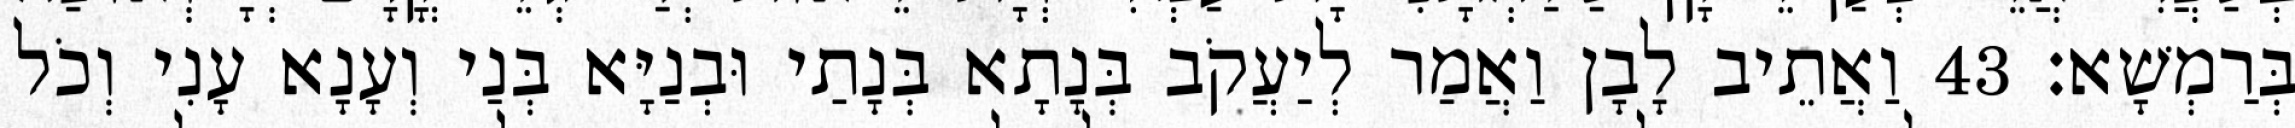
בְּרַמְשָׁא׃ 43 וַאֲתֵיב לָבָן וַאֲמַר לְיַעֲקֹב בְּנָתָא בְּנָתַי וּבְנַיָּא בְּנַי וְעָנָא עָנִי וְכֹל